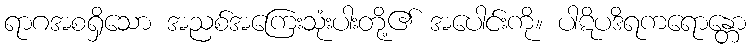
ရာဂအစရှိသော အညစ်အကြေးသုံးပါးတို့၏ အပေါင်းကို။ ပါဋိပဒိရကရောန္တော